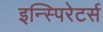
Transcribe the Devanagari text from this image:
इन्स्पिरेटर्स